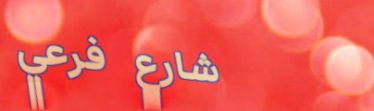
شارع فرعي